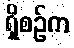
ရှိစဉ်က